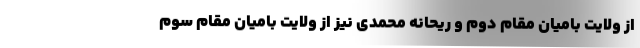
از ولایت بامیان مقام دوم و ریحانه محمدی نیز از ولایت بامیان مقام سوم